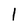
Character: l